Annual statistical returns and brief notes on vaccination in Bengal - 1887-1898
Year: 1887
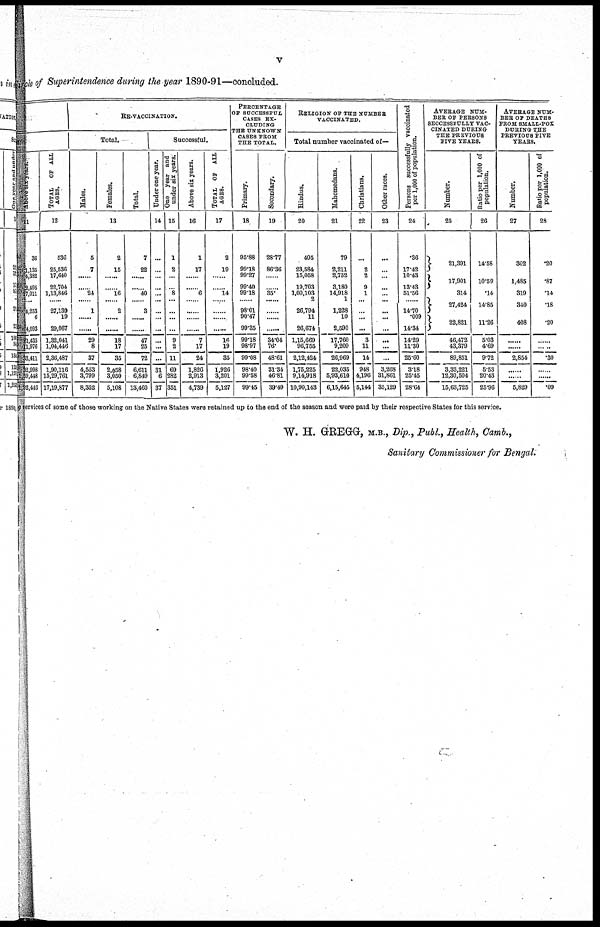
v
Circle of Superintendence during the year 1890-91—concluded.
Above six years
11
36
1,135
4,382
2,495
17,011
......
4,253
6
4,093
21,435
11,976
33,411
32,998
1,59,448
1,92,446
TOTAL
OF ALL
AGES.
12
536
25,536
17,640
22,704
1,13,846
......
27,139
19
29,067
1,32,041
1,04,446
2,36,487
1,90,116
15,29,761
17,19,877
RE-VACCINATION.
Total.
Males.
Females.
Total.
13
5
7
......
......
24
......
1
......
......
29
8
87
4,553
8,799
8,352
2
15
......
......
16
......
2
......
......
18
17
35
2,058
3,050
5,108
7
22
......
......
40
......
3
......
......
47
25
72
6,611
6,849
13,460
Successful.
Under one year.
14
...
...
...
...
...
...
...
...
...
...
...
...
31
6
37
One year and
under six years.
15
1
2
...
...
8
...
...
...
...
9
2
11
69
282
351
Above six years.
16
1
17
......
......
6
......
......
......
......
7
17
24
1,826
2,913
4,739
TOTAL OF ALL
AGES.
17
2
19
......
......
14
......
......
......
......
16
19
35
1,926
3,201
5,127
PERCENTAGE
OF SUCCESSFUL
CASES EX-
CLUDING
THE UNKNOWN
CASES FROM
THE TOTAL.
Primary.
18
95.88
99.18
99.27
99.40
99.18
......
98.01
90.47
99.35
99.18
98.97
99.08
98.40
99.58
99.45
Secondary.
19
28.77
86.36
......
......
35.
......
......
......
......
34.04
76.
48.61
31.34
46.81
39.49
RELIGION OF THE NUMBER
VACCINATED.
Total number vaccinated of—
Hindus.
20
405
23,584
15,058
19,703
1,00,103
......
26,794
11
26,674
1,15,669
96,755
2,12,424
1,75,225
9,14,918
10,90,143
Mahomedans.
21
79
2,211
2,752
3,180
14,918
......
1,228
10
2,590
17,760
9,209
26,969
22,035
6,93,610
6,15,645
Christians.
22
...
2
2
9
1
...
...
...
...
3
11
14
948
4,196
5,144
Other races.
23
...
...
...
...
...
...
...
...
...
...
...
...
3,268
31,861
35,129
Persons successfully vaccinated
per 1,000 of population.
24
.36
17.42
10.43
13.43
51.56
......
14.70
.009
14.34
14.29
11.30
25.60
3.18
25.45
28.64
AVERAGE NUM-
BER OF PERSONS
SECCESSFULLY VAC-
CINATED DURING
THE PREVIOUS
FIVE YEARS.
Number.
25
21,391
17,901
314
27,424
22,821
46,472
43,379
89,851
3,33,221
12,30,504
15,63,725
Ratio per 1,000 of
population.
26
14.58
10.59
.14
14.85
11.26
5.03
4.69
9.72
5.53
20.43
25.96
AVERAGE NUM-
BER OF DEATHS
FROM SMALL-POX
DURING THE
PREVIOUS FIVE
YEARS.
Number.
27
302
1,485
319
340
408
......
......
2,854
......
......
5,829
Ratio per 1,000 of
population.
28
.20
.87
.14
.18
.20
......
......
.30
......
......
.09
e services of some of those working on the Native States were retained up to the end of the season and were paid by their respective States for this service.
W. H. GREGG-, M.B., Dip., Publ., Health, Camb.,
Sanitary Commissioner for Bengal.